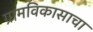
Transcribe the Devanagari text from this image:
ग्रामविकासाचा